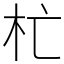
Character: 杧